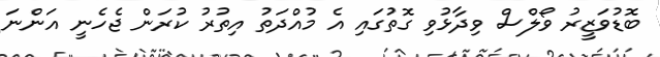
ބޮޑުވަޒީރު ވޯލްސް ވިދާޅުވި ގޮތުގައި އެ މުއްދަތު އިތުރު ކުރަން ޖެހެނީ އަންނަ